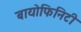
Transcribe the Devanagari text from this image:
बायोफिनिटी